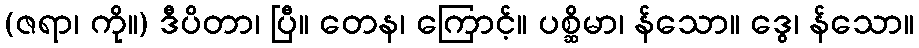
(ဇရာ၊ ကို။) ဒီပိတာ၊ ပြီ။ တေန၊ ကြောင့်။ ပစ္ဆိမာ၊ န်သော။ ဒွေ၊ န်သော။